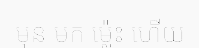
មុន មក ម្ល៉េះ ហើយ